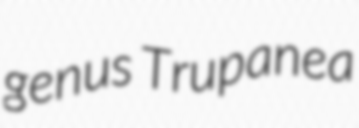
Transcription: genus Trupanea